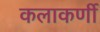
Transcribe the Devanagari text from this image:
कलाकर्णी